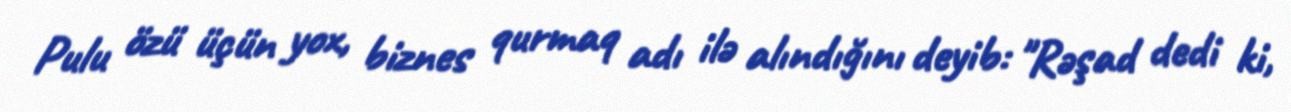
Pulu özü üçün yox, biznes qurmaq adı ilə alındığını deyib: "Rəşad dedi ki,